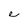
Character: e